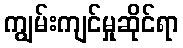
ကျွမ်းကျင်မှုဆိုင်ရာ